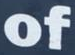
of